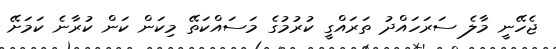
ޖެހޭނީ މާލެ ސަރަހައްދު ތަރައްގީ ކުރުމުގެ މަސައްކަތޭ މިކަން ކަން ކުރާނެ ކަމަށޭ